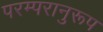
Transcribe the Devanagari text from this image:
परम्परानुरूप